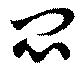
悶